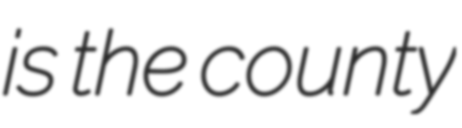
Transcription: is the county